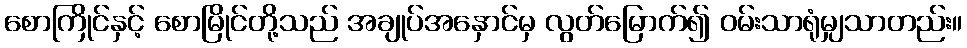
စောကြိုင်နှင့် စောမြိုင်တို့သည် အချုပ်အနှောင်မှ လွတ်မြောက်၍ ဝမ်းသာရုံမျှသာတည်း။